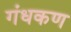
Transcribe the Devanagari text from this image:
गंधकण